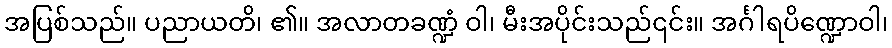
အပြစ်သည်။ ပညာယတိ၊ ၏။ အလာတခဏ္ဍံ ဝါ၊ မီးအပိုင်းသည်၎င်း။ အင်္ဂါရပိဏ္ဍောဝါ၊